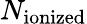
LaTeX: N_{\mathrm{ionized}}